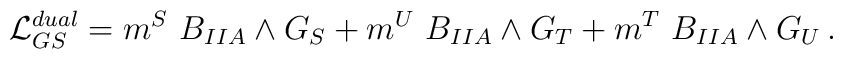
{\cal L}_{GS}^{dual}=m^S~B_{IIA} \wedge G_S+m^U~B_{IIA}\wedge G_T+m^T~B_{IIA}\wedge G_U\, .